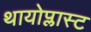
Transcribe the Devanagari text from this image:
थायोप्लास्ट